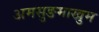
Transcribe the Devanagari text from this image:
अमसुङमाखुम